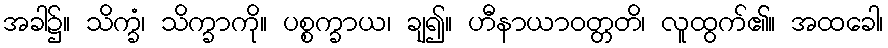
အခါ၌။ သိက္ခံ၊ သိက္ခာကို။ ပစ္စက္ခာယ၊ ချ၍။ ဟီနာယာဝတ္တတိ၊ လူထွက်၏။ အထခေါ၊